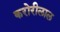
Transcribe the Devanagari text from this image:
करोरीलाल